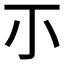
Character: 𡭕